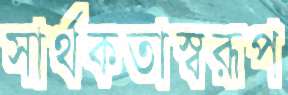
সার্থকতাস্বরূপ